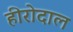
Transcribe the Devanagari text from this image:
हीरोदाल